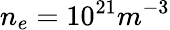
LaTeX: n_{e}=10^{21}m^{-3}